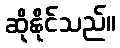
ဆိုနိုင်သည်။